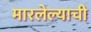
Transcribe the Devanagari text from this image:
मारलेल्याची